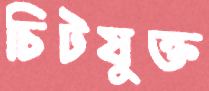
চিটযুক্ত